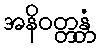
အနိဝတ္တန္တံ